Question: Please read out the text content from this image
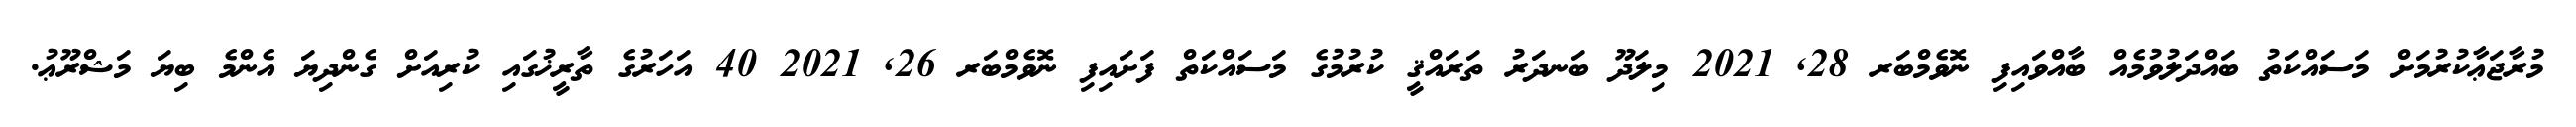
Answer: މުރާޖަޢާކުރުމަށް މަސައްކަތު ބައްދަލުވުމެއް ބާއްވައިފި ނޮވެމްބަރ 28, 2021 މިލަދޫ ބަނދަރު ތަރައްޤީ ކުރުމުގެ މަސައްކަތް ފަށައިފި ނޮވެމްބަރ 26, 2021 40 އަހަރުގެ ތާރީޚުގައި ކުރިއަށް ގެންދިޔަ އެންމެ ބިޔަ މަޝްރޫޢު.